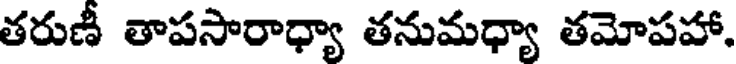
తరుణీ తాపసారాధ్యా తనుమధ్యా తమోపహా.